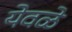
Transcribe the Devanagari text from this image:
येवळे